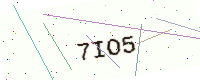
Text: 7IO5